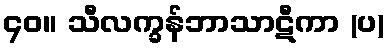
၄၀။ သီလက္ခန်ဘာသာဋီကာ (ပ)